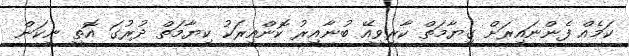
ކަމެއް ފެންނައިރަށް ގިޔާމަތް ކާރިވީއޭ ބުނާއިރު ކޮންއިރަކު ކިޔާމަތް ދުރުގަ އޮތީ ނިކަން